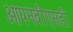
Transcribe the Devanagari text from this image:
ओपनबीएसडी